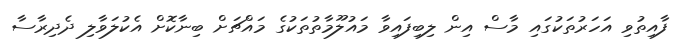
ފާއިތުވި އަހަރުތަކުގައި މާސް އިން ލިބިފައިވާ މައުލޫމާތުތަކުގެ މައްޗަށް ބިނާކޮށް އެކުލަވާލި ދެދިރާސާ